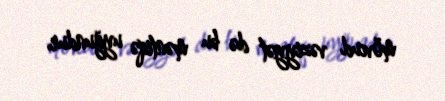
mövcud vəziyyət də bu məntiqə uyğundur.